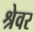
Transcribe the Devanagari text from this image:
श्रेवर